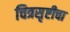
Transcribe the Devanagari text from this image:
चित्रसृष्टीचा